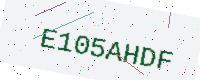
Text: E105AHDF